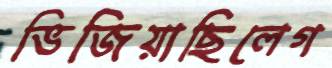
ভিজিয়াছিলেগ